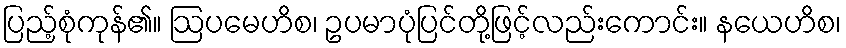
ပြည့်စုံကုန်၏။ ဩပမေဟိစ၊ ဥပမာပုံပြင်တို့ဖြင့်လည်းကောင်း။ နယေဟိစ၊